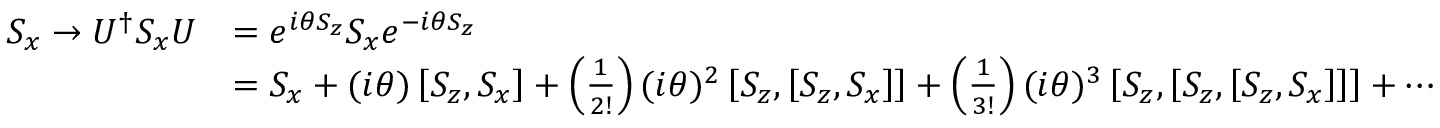
{ \begin{array} { r l } { S _ { x } \rightarrow U ^ { \dagger } S _ { x } U } & { = e ^ { i \theta S _ { z } } S _ { x } e ^ { - i \theta S _ { z } } } \\ & { = S _ { x } + ( i \theta ) \left[ S _ { z } , S _ { x } \right] + \left( { \frac { 1 } { 2 ! } } \right) ( i \theta ) ^ { 2 } \left[ S _ { z } , \left[ S _ { z } , S _ { x } \right] \right] + \left( { \frac { 1 } { 3 ! } } \right) ( i \theta ) ^ { 3 } \left[ S _ { z } , \left[ S _ { z } , \left[ S _ { z } , S _ { x } \right] \right] \right] + \cdots } \end{array} }